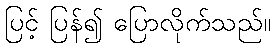
ပြင့် ပြန်၍ ပြောလိုက်သည်။